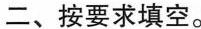
二、按要求填空。